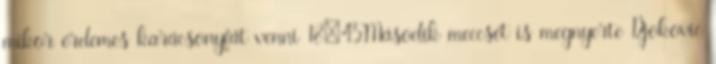
mikor érdemes karácsonyfát venni 18:45Második meccsét is megnyerte Djokovic